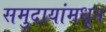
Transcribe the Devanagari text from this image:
समुदायांमधून